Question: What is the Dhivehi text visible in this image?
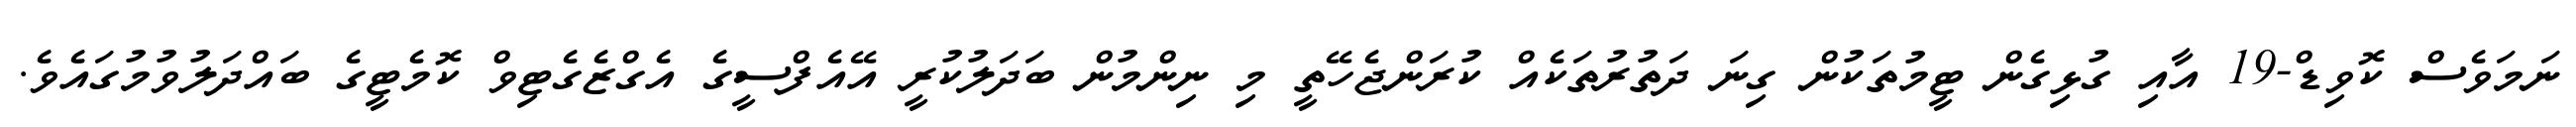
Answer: ނަމަވެސް ކޮވިޑް-19 އާއި ގުޅިގެން ޓީމުތަކުން ގިނަ ދަތުރުތަކެއް ކުރަންޖެހޭތީ މި ނިންމުން ބަދަލުކުރީ އޭއެފްސީގެ އެގްޒެގެޓިވް ކޮމެޓީގެ ބައްދަލުވުމުގައެވެ.